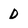
Character: D